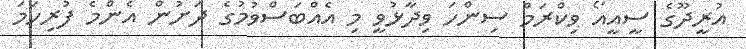
އުރީދޫގެ ސީއީއޯ ވިކްރަމް ސިންހަ ވިދާޅުވީ މި އެއްބަސްވުމުގެ ދަށުން އެންމެ ފުރިހަމަ